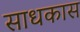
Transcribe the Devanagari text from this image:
साधकास